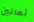
ثمانين